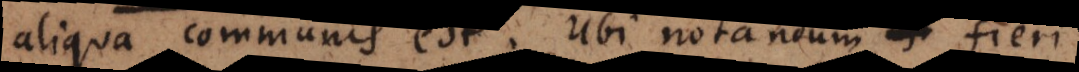
aliqua communis est. Ubi notandum fieri